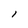
Character: l